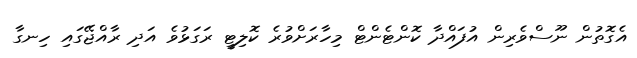
އެގޮތުން ނޫސްވެރިން އުފައްދާ ކޮންޓެންޓް މިހާރަށްވުރެ ކޮލިޓީ ރަގަޅުވެ އަދި ރާއްޖޭގައި ހިނގާ